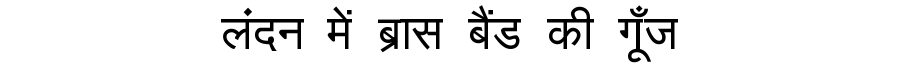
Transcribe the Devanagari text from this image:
लंदन में ब्रास बैंड की गूँज